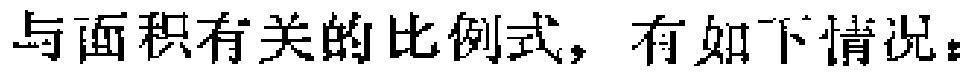
与面积有关的比例式，有如下情况：